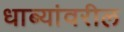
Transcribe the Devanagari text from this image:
धाब्यांवरील